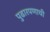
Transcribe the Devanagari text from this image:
पुढारपणाची